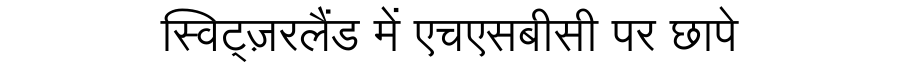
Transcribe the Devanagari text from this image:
स्विट्ज़रलैंड में एचएसबीसी पर छापे